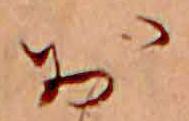
お